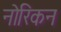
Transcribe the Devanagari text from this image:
नोरिकन